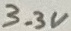
Text: 3.3V